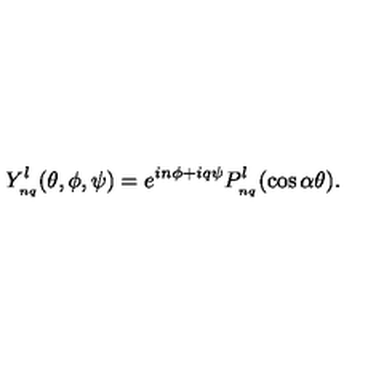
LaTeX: Y _ { _ { n q } } ^ { l } ( \theta , \phi , \psi ) = e ^ { i n \phi + i q \psi } P _ { _ { n q } } ^ { l } ( \cos \alpha \theta ) .